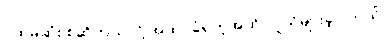
ပထမဆုံး စဆိုတယ်လို့ အထင်ခံရတဲ့အထိ လူသိများခဲ့ပါတယ်။